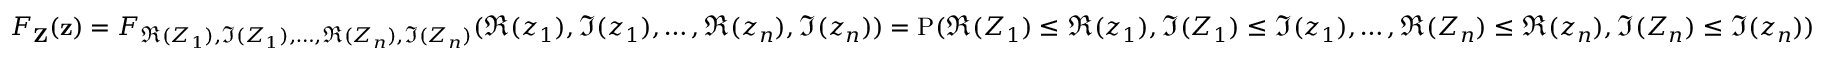
F _ { \mathbf { Z } } ( \mathbf { z } ) = F _ { \Re { ( Z _ { 1 } ) } , \Im { ( Z _ { 1 } ) } , \ldots , \Re { ( Z _ { n } ) } , \Im { ( Z _ { n } ) } } ( \Re { ( z _ { 1 } ) } , \Im { ( z _ { 1 } ) } , \ldots , \Re { ( z _ { n } ) } , \Im { ( z _ { n } ) } ) = \operatorname { P } ( \Re { ( Z _ { 1 } ) } \leq \Re { ( z _ { 1 } ) } , \Im { ( Z _ { 1 } ) } \leq \Im { ( z _ { 1 } ) } , \ldots , \Re { ( Z _ { n } ) } \leq \Re { ( z _ { n } ) } , \Im { ( Z _ { n } ) } \leq \Im { ( z _ { n } ) } )